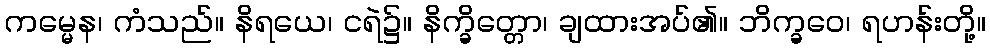
ကမ္မေန၊ ကံသည်။ နိရယေ၊ ငရဲ၌။ နိက္ခိတ္တော၊ ချထားအပ်၏။ ဘိက္ခဝေ၊ ရဟန်းတို့။